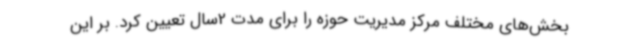
بخش‌های مختلف مرکز مدیریت حوزه را برای مدت 2سال تعیین کرد. بر این